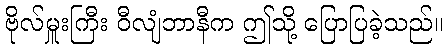
ဗိုလ်မှူးကြီး ဝီလျံဘာနီက ဤသို့ ပြောပြခဲ့သည်။